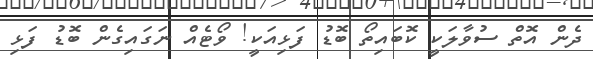
ދެން އޮތް ސުވާލަކީ ކޮބައިތޯ ބޮޑު ފަޅިއަކީ! ވޯޓެއް ނަގައިގެން ބޮޑު ފަޅި